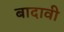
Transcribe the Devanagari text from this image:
बादावी